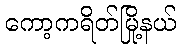
ကော့ကရိတ်မြို့နယ်